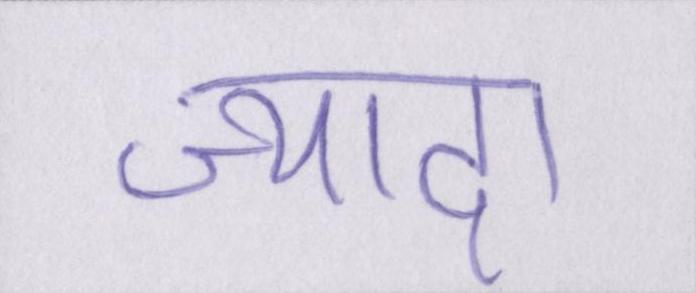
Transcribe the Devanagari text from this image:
ज़्यादा